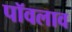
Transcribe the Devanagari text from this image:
पॉवलाव